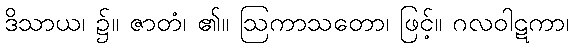
ဒိသာယ၊ ၌။ ဇာတံ၊ ၏။ ဩကာသတော၊ ဖြင့်။ ဂလဝါဋကာ၊